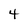
Character: 4